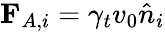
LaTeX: {\mathbf F}_{A,i}=\gamma_{t}v_{0}\hat{n}_{i}